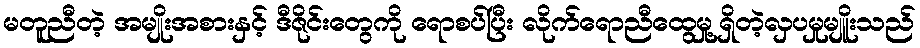
မတူညီတဲ့ အမျိုးအစားနှင့် ဒီဇိုင်းတွေကို ရောစပ်ပြီး လိုက်ရောညီထွေမှု့ရှိတဲ့လှပမှုမျိူးသည်